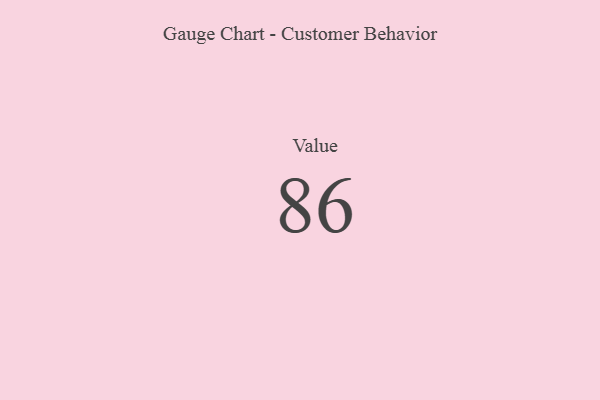
{"axis": {"x": "Metric", "y": "Value"}, "legend": [""], "data": [{"x": "Value", "y": 86, "type": ""}]}